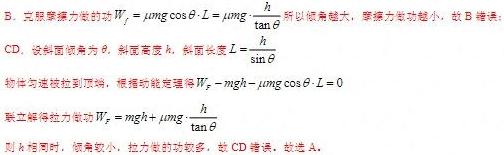
B. 克服摩擦力做的功$W_{f}=\mu mg\cos\theta\cdot L = \mu mg\cdot\frac{h}{\tan\theta}$，所以倾角越大，摩擦力做功越小，故 B 错误；

CD. 设斜面倾角为$\theta$，斜面高度$h$，斜面长度$L = \frac{h}{\sin\theta}$

物体匀速被拉到顶端，根据动能定理$W_{F}-mgh - \mu mg\cos\theta\cdot L = 0$

联立解得拉力做功$W_{F}=mgh+\mu mg\cdot\frac{h}{\tan\theta}$

则$h$相同时，倾角较小，拉力做的功较多，故 CD 错误。故选 A。